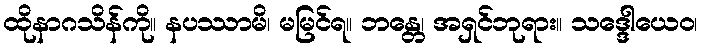
ထိုနာဂသိန်ကို။ နပဿာမိ၊ မမြင်ရ။ ဘန္တေ၊ အရှင်ဘုရား။ သဒ္ဒေါယေဝ၊